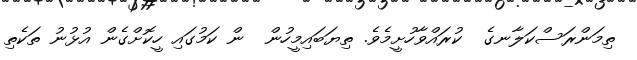
ތިމަންރަސްކަލާނގެ  ކުރައްވާހުށީމެވެ. ތިޔަބައިމީހުން  ން ކަމުގައި ހީކޮށްގެން އުޅުނު ތަކެތި